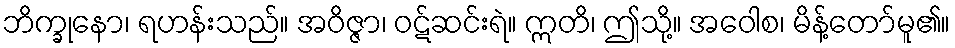
ဘိက္ခုနော၊ ရဟန်းသည်။ အဝိဇ္ဇာ၊ ဝဋ်ဆင်းရဲ။ ဣတိ၊ ဤသို့။ အဝေါစ၊ မိန့်တော်မူ၏။